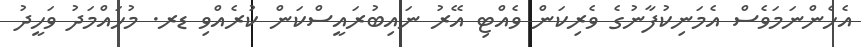
އެހެންނަމަވެސް އެމަނިކުފާނުގެ ވެރިކަން ވެއްޓި އޭރު ނައިބުރައީސްކަން ކުރެއްވި ޑރ. މުހައްމަދު ވަހީދު